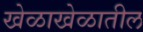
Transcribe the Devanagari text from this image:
खेळाखेळातील